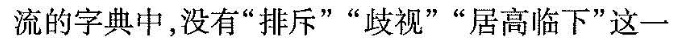
流的字典中，没有”排斥””歧视””居高临下”这一